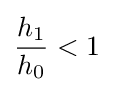
{h_{1} \over h_{0}}<1